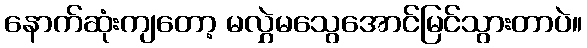
နောက်ဆုံးကျတော့ မလွှဲမသွေအောင်မြင်သွားတာပဲ။